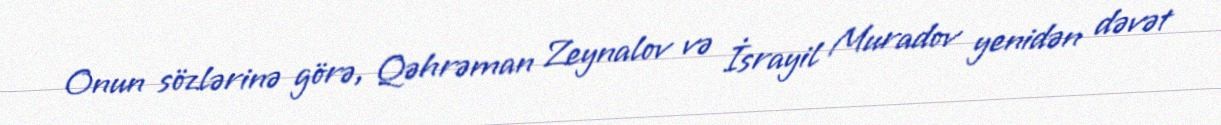
Onun sözlərinə görə, Qəhrəman Zeynalov və İsrayil Muradov yenidən dəvət